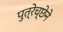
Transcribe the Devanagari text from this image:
पुत्रेच्छेने